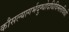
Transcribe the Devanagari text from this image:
कौसल्यागर्भदुग्धोदधिविमलविधो